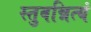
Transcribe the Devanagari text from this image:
स्तुवन्नित्यं